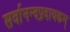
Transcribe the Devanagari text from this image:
सर्वानन्दप्रदायकम्